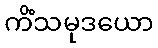
ကိံသမုဒယော